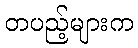
တပည့်များက